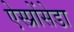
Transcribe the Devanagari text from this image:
ऐस्प्रोंसेडा